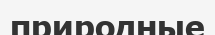
природные